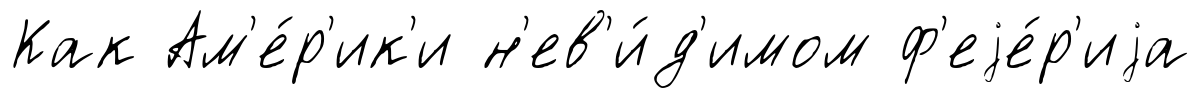
Как Ам'е́р'ик'и н'ев'и́д'имом ф'еjе́р'иjа